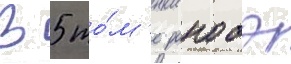
В 5 то́м'е ранобэ